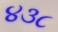
૪૩૮